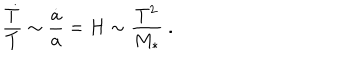
\frac { { \dot { T } } } { T } \sim \frac { { \dot { a } } } { a } = H \sim \frac { T ^ { 2 } } { M _ { * } } \ .